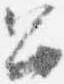
召